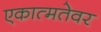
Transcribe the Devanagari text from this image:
एकात्मतेवर